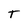
Character: T